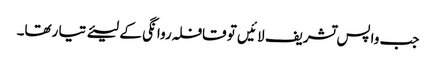
جب واپس تشریف لا ئیں تو قافلہ روا نگی کے لیئے تیا رتھا۔